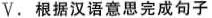
V. 根据汉语意思完成句子